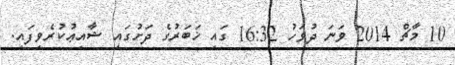
10 މާޗް 2014 ވަނަ ދުވަހު 16:32 ގައި ޚަބަރުގެ ދަށުގައި ޝާއިޢުކުރެވިފައި.